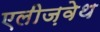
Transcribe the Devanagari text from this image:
एलीज़वेथ